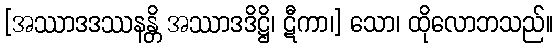
[အဿာဒဒဿနန္တိ အဿာဒဒိဋ္ဌိ၊ ဋီကာ၊] သော၊ ထိုလောဘသည်။